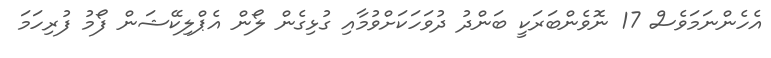
އެހެންނަމަވެސް 17 ނޮވެންބަރަކީ ބަންދު ދުވަހަކަށްވުމާއި ގުޅިގެން ލޯން އެޕްލިކޭޝަން ފޯމު ފުރިހަމަ